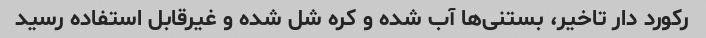
رکورد دار تاخیر، بستنی‌ها آب شده و کره شل شده و غیرقابل استفاده رسید